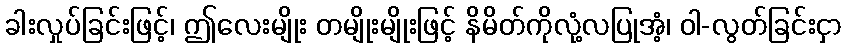
ခါးလှုပ်ခြင်းဖြင့်၊ ဤလေးမျိုး တမျိုးမျိုးဖြင့် နိမိတ်ကိုလုံ့လပြုအံ့၊ ဝါ-လွတ်ခြင်းငှာ